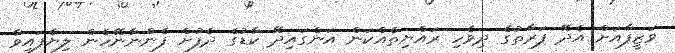
ވަޒީފާއަށް އެދޭ ފަރާތުގެ ދިވެހި ރައްޔިތެއްކަން އަންގައިދޭ ކާޑުގެ ދެފުށް ފެންނާނޭހެން ލިޔެފައިވާ